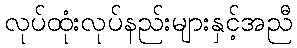
လုပ်ထုံးလုပ်နည်းများနှင့်အညီ